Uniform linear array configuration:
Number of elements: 4
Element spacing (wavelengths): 0.25
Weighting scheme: exponential
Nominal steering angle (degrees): -15
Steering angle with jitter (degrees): -15.631
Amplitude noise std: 0.05
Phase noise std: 0.05

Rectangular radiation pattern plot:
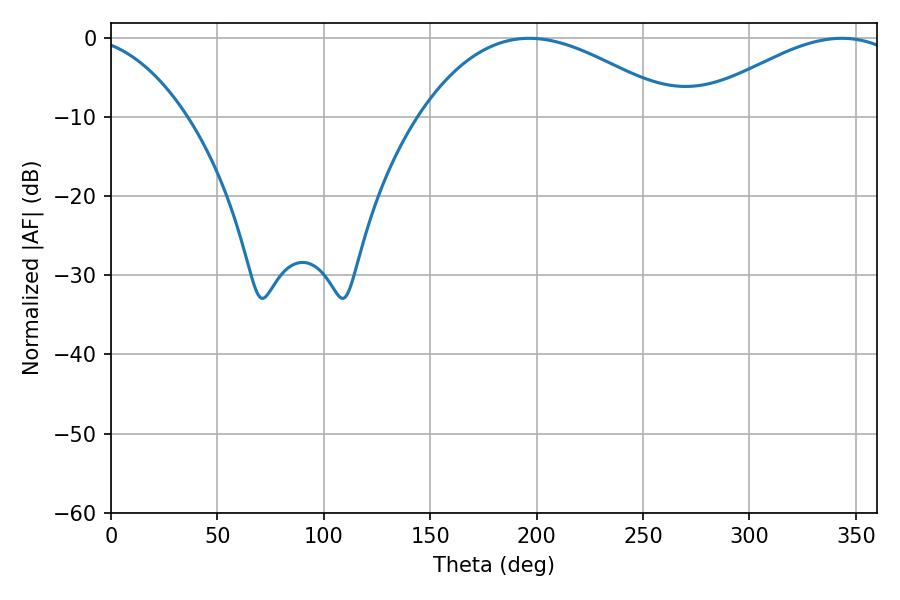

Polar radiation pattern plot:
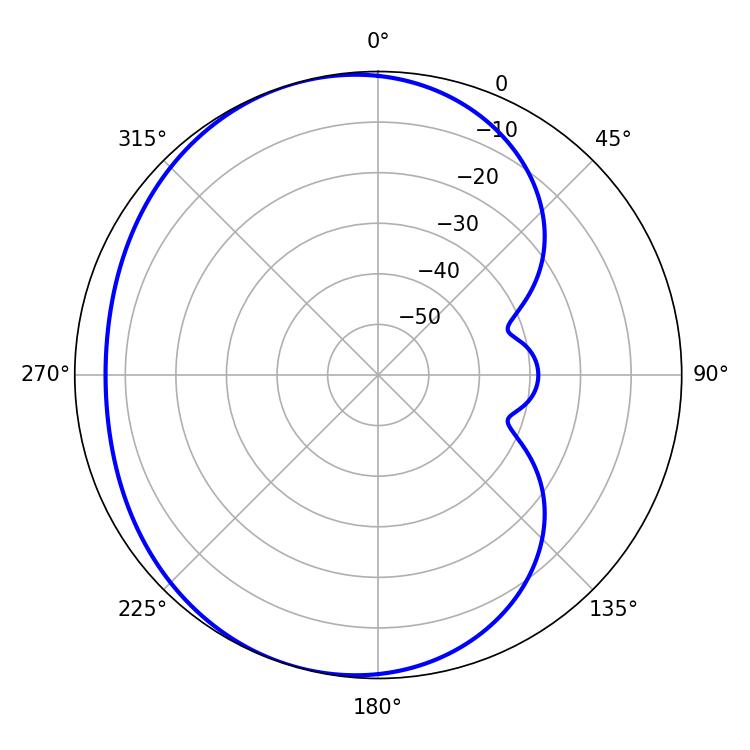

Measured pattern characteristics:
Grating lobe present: FALSE
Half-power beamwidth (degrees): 66.96
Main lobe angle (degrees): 196.56